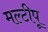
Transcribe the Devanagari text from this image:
मल्टीपू